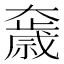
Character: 𡚓